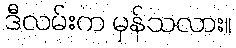
ဒီလမ်းက မှန်သလား။